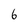
Character: 6